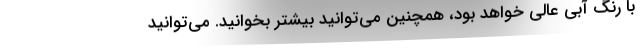
با رنگ آبی عالی خواهد بود، همچنین می‌توانید بیشتر بخوانید. می‌توانید